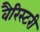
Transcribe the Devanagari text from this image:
वैरिस्टरी